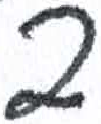
אות: פ